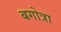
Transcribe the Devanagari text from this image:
बगोत्रा